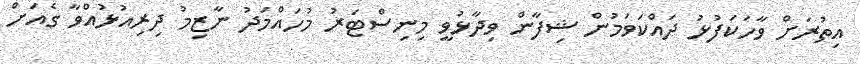
އިތުރަށް ވާހަކަފުޅު ދައްކަވަމުން ޝިފާން ވިދާޅުވީ މިނިސްޓަރު މުހައްމަދު ނާޒިމު ދިރިއުޅުއްވާ ގެއަށް